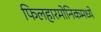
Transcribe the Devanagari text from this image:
फिलहारमोनिकमध्ये